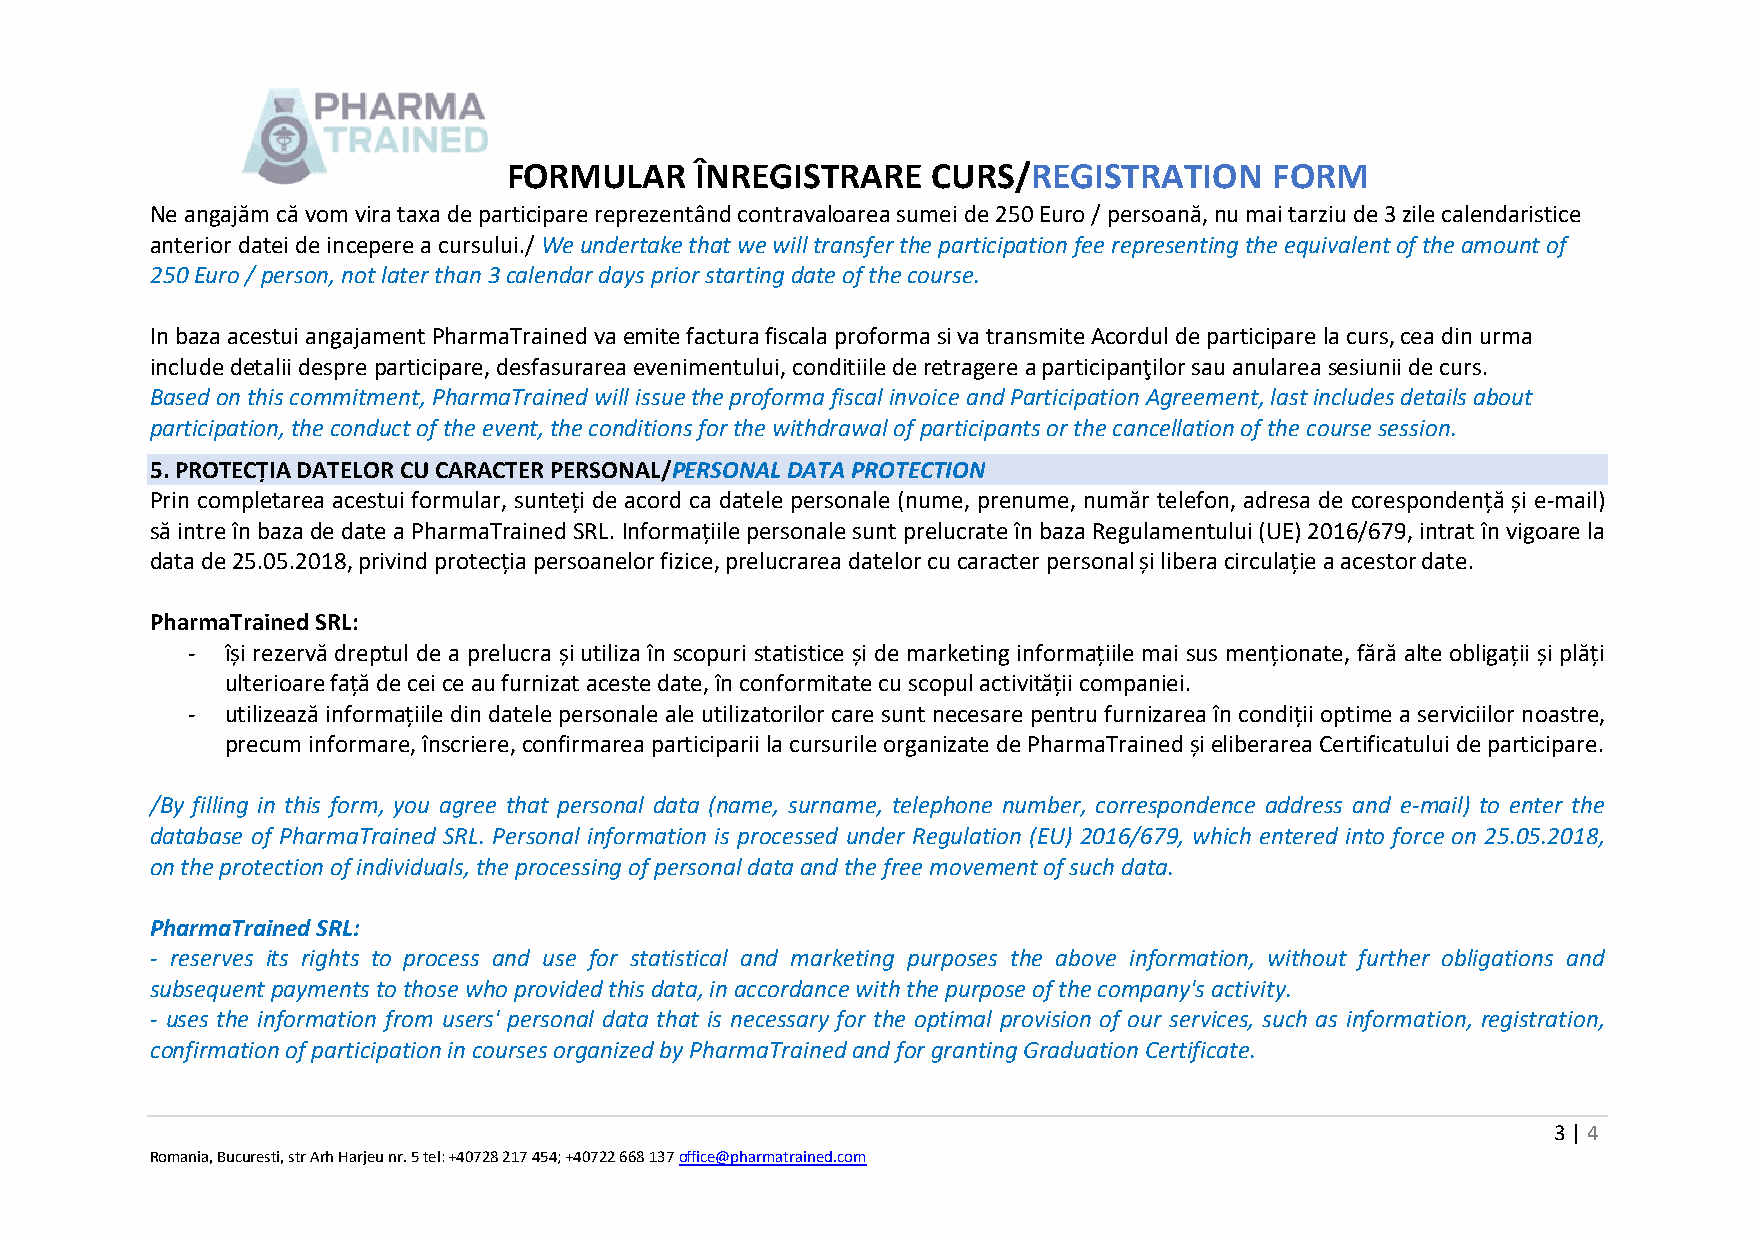
FORMULAR    ÎNREGISTRARE    CURS/REGISTRATION     FORM
 Ne angajăm că vom vira taxa de participare reprezentând contravaloarea sumei de 250 Euro / persoană, nu mai tarziu de 3 zile calendaristice
 anterior datei de incepere a cursului./ We undertake that we will transfer the participation fee representing the equivalent of the amount of
 250 Euro / person, not later than 3 calendar days prior starting date of the course.
 In baza acestui angajament PharmaTrained va emite factura fiscala proforma si va transmite Acordul de participare la curs, cea din urma
 include detalii despre participare, desfasurarea evenimentului, conditiile de retragere a participanţilor sau anularea sesiunii de curs.
 Based on this commitment, PharmaTrained will issue the proforma fiscal invoice and Participation Agreement, last includes details about
 participation, the conduct of the event, the conditions for the withdrawal of participants or the cancellation of the course session.
 5. PROTECȚIA DATELOR CU CARACTER PERSONAL/PERSONAL DATA PROTECTION
 Prin completarea acestui formular, sunteți de acord ca datele personale (nume, prenume, număr telefon, adresa de corespondență și e-mail)
 să intre în baza de date a PharmaTrained SRL. Informațiile personale sunt prelucrate în baza Regulamentului (UE) 2016/679, intrat în vigoare la
 data de 25.05.2018, privind protecția persoanelor fizice, prelucrarea datelor cu caracter personal și libera circulație a acestor date.
 PharmaTrained SRL:
 -  își rezervă dreptul de a prelucra și utiliza în scopuri statistice și de marketing informațiile mai sus menționate, fără alte obligații și plăți
 ulterioare față de cei ce au furnizat aceste date, în conformitate cu scopul activității companiei.
 -  utilizează informațiile din datele personale ale utilizatorilor care sunt necesare pentru furnizarea în condiții optime a serviciilor noastre,
 precum informare, înscriere, confirmarea participarii la cursurile organizate de PharmaTrained și eliberarea Certificatului de participare.
 /By filling in this form, you agree that personal data (name, surname, telephone number, correspondence address and e-mail) to enter the
 database of PharmaTrained SRL. Personal information is processed under Regulation (EU) 2016/679, which entered into force on 25.05.2018,
 on the protection of individuals, the processing of personal data and the free movement of such data.
 PharmaTrained SRL:
 - reserves its rights to process and use for statistical and marketing purposes the above information, without further obligations and
 subsequent payments to those who provided this data, in accordance with the purpose of the company's activity.
 - uses the information from users' personal data that is necessary for the optimal provision of our services, such as information, registration,
 confirmation of participation in courses organized by PharmaTrained and for granting Graduation Certificate.
 3 | 4
 Romania, Bucuresti, str Arh Harjeu nr. 5 tel: +40728 217 454; +40722 668 137 office@pharmatrained.com